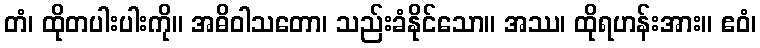
တံ၊ ထိုတပါးပါးကို။ အဓိဝါသတော၊ သည်းခံနိုင်သော။ အဿ၊ ထိုရဟန်းအား။ ဧဝံ၊